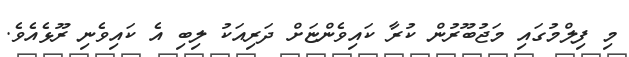
މި ފިލްމުގައި މަޖުބޫރުން ކުރާ ކައިވެންޏަށް ދަރިއަކު ލިބި އެ ކައިވެނި ރޫޅެއެވެ.